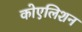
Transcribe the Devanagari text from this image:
कोएलिशन